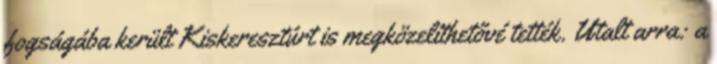
fogságába került Kiskeresztúrt is megközelíthetővé tették. Utalt arra: a